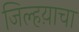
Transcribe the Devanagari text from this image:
जिल्हय़ाचा